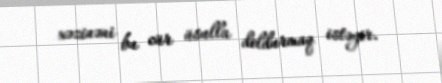
xəzinəni bu cür üsulla doldurmaq istəyir.